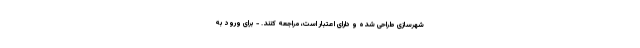
شهرسازی طراحی شده و دارای اعتبار است، مراجعه کنند. - برای ورود به